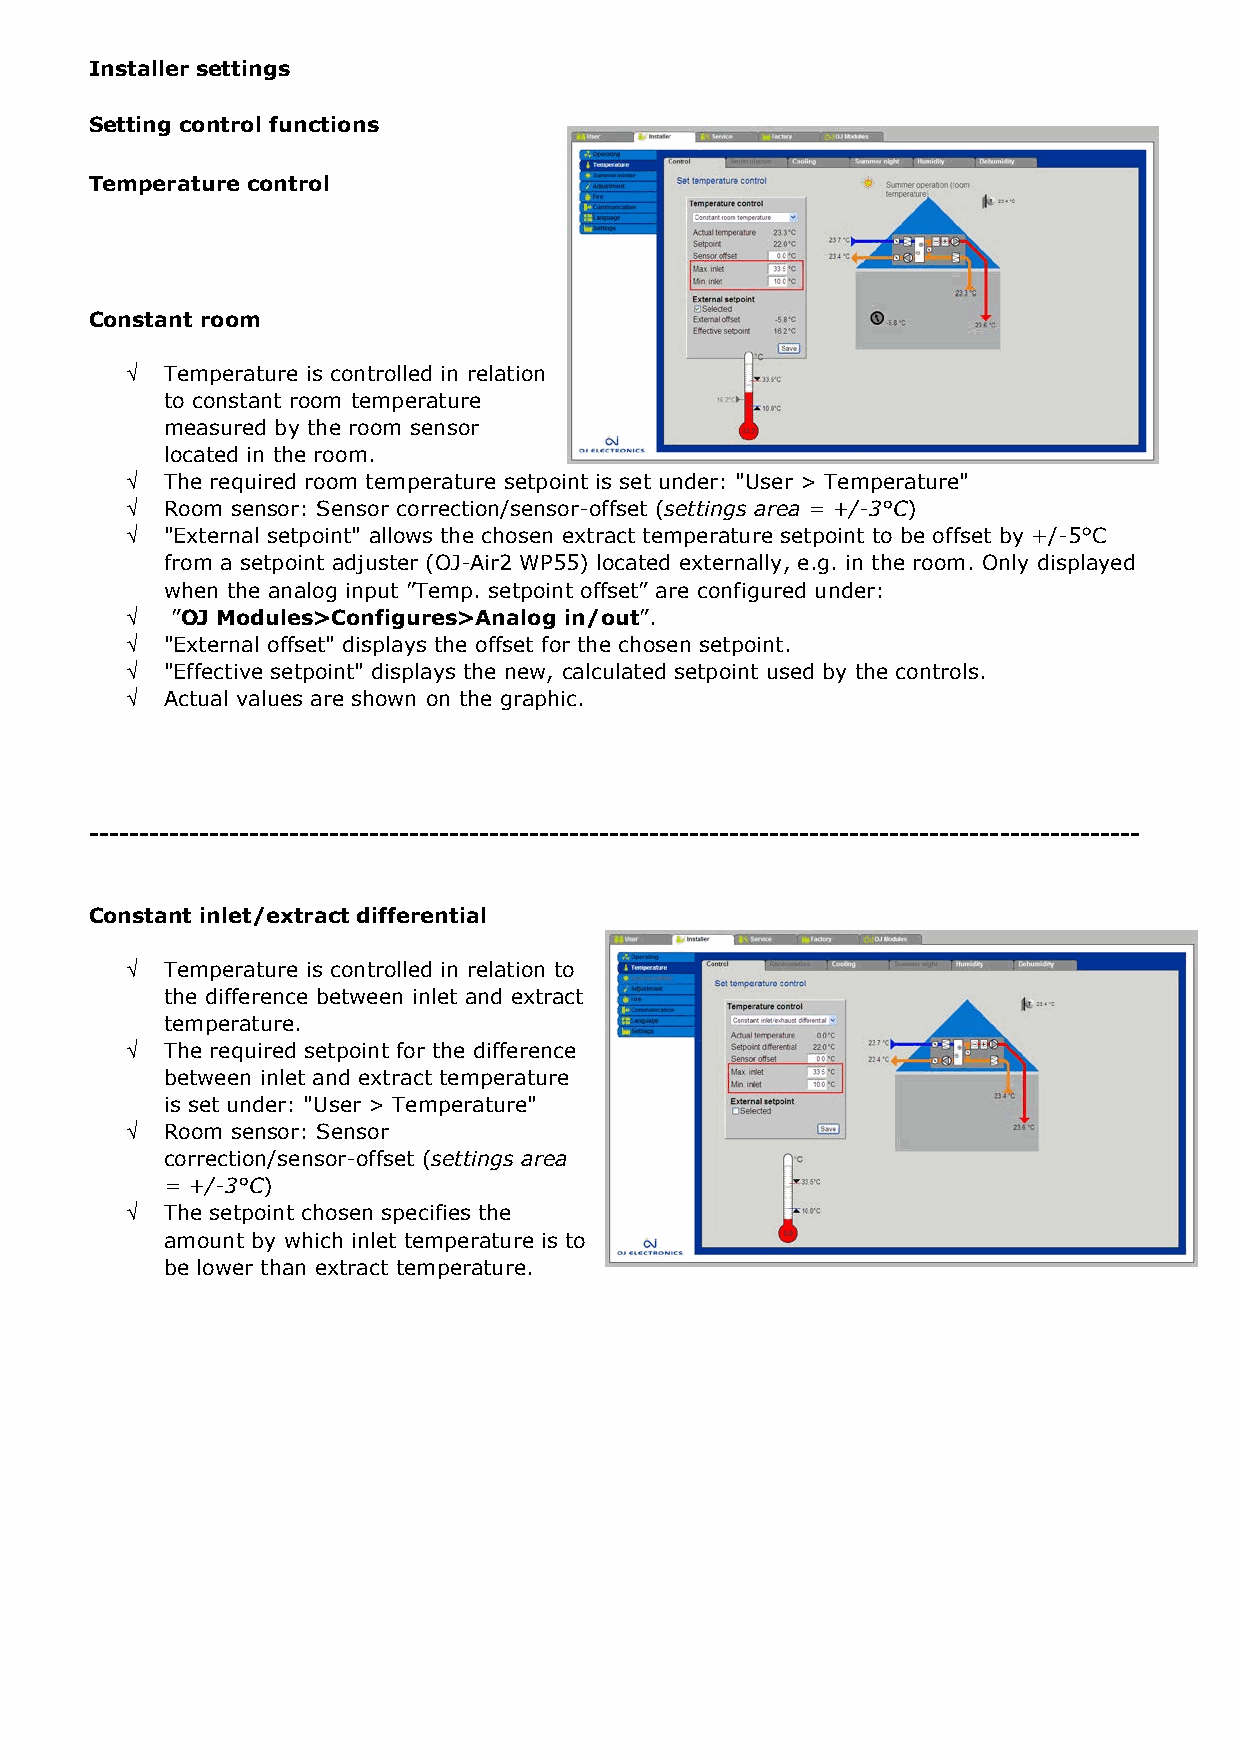
Installer settings
 Setting control functions
 Temperature control
 Constant room
 √  Temperature is controlled in relation
 to constant room temperature
 measured by the room sensor
 located in the room.
 √  The required room temperature setpoint is set under: "User > Temperature"
 √  Room sensor: Sensor correction/sensor-offset (settings area = +/-3°C)
 √  "External setpoint" allows the chosen extract temperature setpoint to be offset by +/-5°C
 from a setpoint adjuster (OJ-Air2 WP55) located externally, e.g. in the room. Only displayed
 when the analog input ”Temp. setpoint offset” are configured under:
 √  ”OJ Modules>Configures>Analog in/out”.
 √  "External offset" displays the offset for the chosen setpoint.
 √  "Effective setpoint" displays the new, calculated setpoint used by the controls.
 √  Actual values are shown on the graphic.
 ---------------------------------------------------------------------------------------------------------
 Constant inlet/extract differential
 √  Temperature is controlled in relation to
 the difference between inlet and extract
 temperature.
 √  The required setpoint for the difference
 between inlet and extract temperature
 is set under: "User > Temperature"
 √  Room sensor: Sensor
 correction/sensor-offset (settings area
 = +/-3°C)
 √  The setpoint chosen specifies the
 amount by which inlet temperature is to
 be lower than extract temperature.